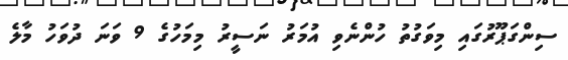
ސިންގަޕޫރުގައި މިވަގުތު ހުންނެވި އުމަރު ނަސީރު މިމަހުގެ 9 ވަނަ ދުވަހު މާލެ